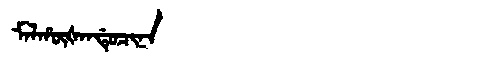
Manchu: ᠮᠠᠯᡥᡡᡧᠠᠨᡩᡠᠴᡳᠨᠠ
Romanization: MALHŪŠANDUCINA